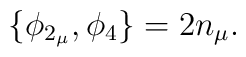
\{\phi_{2_\mu}, \phi_4\} = 2n_\mu.